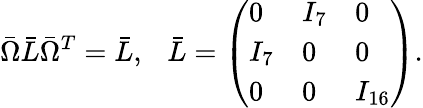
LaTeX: \bar{\Omega}\bar{L}\bar{\Omega}^{T}=\bar{L},\ \ \ \bar{L}=\left(\begin{array}{lll}{{0}}&{{I_{7}}}&{{0}}\\ {{I_{7}}}&{{0}}&{{0}}\\ {{0}}&{{0}}&{{I_{16}}}\end{array}\right).